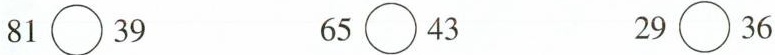
$$81\bigcirc{}39$$ $$65\bigcirc{}43$$ $$29\bigcirc{}36$$